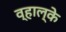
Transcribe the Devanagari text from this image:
व्हाल्के